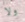
ولا